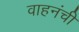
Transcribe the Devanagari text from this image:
वाहनंची